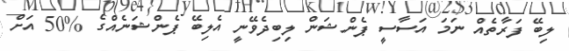
ލިބޭ ފަރާތެއް ނަމަ އަސާސީ ޕެންޝަން ލިބިދެވޭނީ އެލިބޭ ޕެންޝަނެއްގެ %50 އަށް